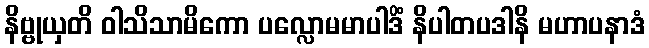
နိဗ္ဗုယှတိ ဝါသိသာမိကော ပလ္လောမမာပါဒိံ နိပါတပဒါနိ မဟာပနာဒံ